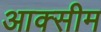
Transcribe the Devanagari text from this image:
आक्सीम